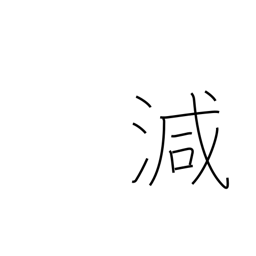
Meaning: decrease